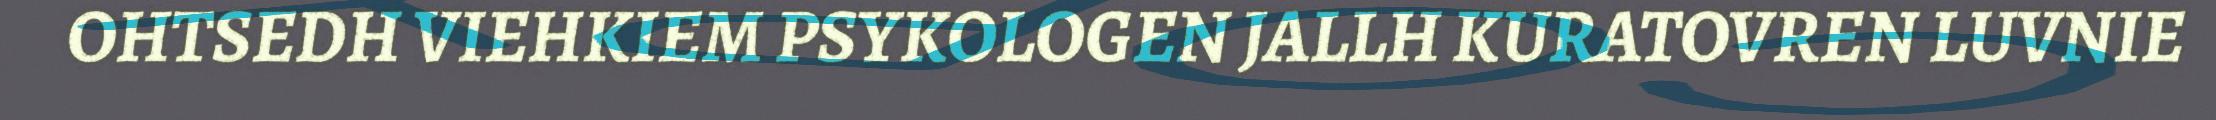
OHTSEDH VIEHKIEM PSYKOLOGEN JALLH KURATOVREN LUVNIE